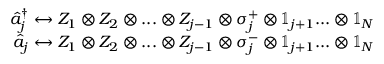
\begin{array} { r } { \hat { a } _ { j } ^ { \dagger } \leftrightarrow Z _ { 1 } \otimes Z _ { 2 } \otimes . . . \otimes Z _ { j - 1 } \otimes \sigma _ { j } ^ { + } \otimes \mathbb { 1 } _ { j + 1 } . . . \otimes \mathbb { 1 } _ { N } } \\ { \hat { a } _ { j } \leftrightarrow Z _ { 1 } \otimes Z _ { 2 } \otimes . . . \otimes Z _ { j - 1 } \otimes \sigma _ { j } ^ { - } \otimes \mathbb { 1 } _ { j + 1 } . . . \otimes \mathbb { 1 } _ { N } } \end{array}